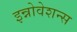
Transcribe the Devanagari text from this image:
इन्नोवेशन्स